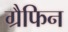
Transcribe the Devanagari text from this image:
ग्रैफिन